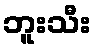
ဘူးသီး